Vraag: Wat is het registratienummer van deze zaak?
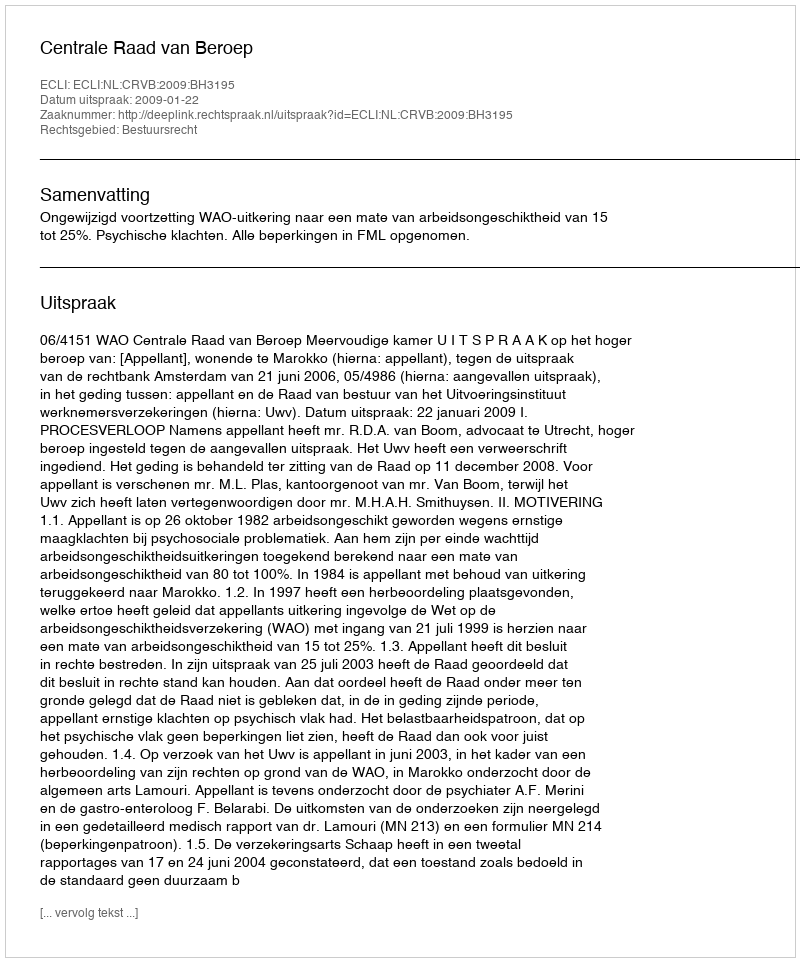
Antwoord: http://deeplink.rechtspraak.nl/uitspraak?id=ECLI:NL:CRVB:2009:BH3195